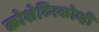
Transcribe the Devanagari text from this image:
कोशेव्निकोव्ही